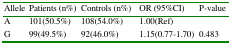
<table><thead><tr><td><b>Allele</b></td><td><b>Patients (n%)</b></td><td><b>Controls (n%)</b></td><td><b>OR (95%CI)</b></td><td><b>P-value</b></td></tr></thead><tbody><tr><td>A</td><td>101(50.5%)</td><td>108(54.0%)</td><td>1.00(Ref)</td><td></td></tr><tr><td>G</td><td>99(49.5%)</td><td>92(46.0%)</td><td>1.15(0.77-1.70)</td><td>0.483</td></tr></tbody></table>